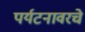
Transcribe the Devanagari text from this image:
पर्यटनावरचे